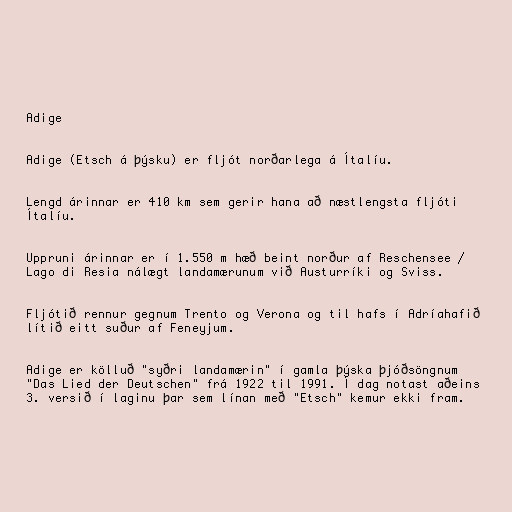
Adige

Adige (Etsch á þýsku) er fljót norðarlega á Ítalíu.

Lengd árinnar er 410 km sem gerir hana að næstlengsta fljóti
Ítalíu.

Uppruni árinnar er í 1.550 m hæð beint norður af Reschensee /
Lago di Resia nálægt landamærunum við Austurríki og Sviss.

Fljótið rennur gegnum Trento og Verona og til hafs í Adríahafið
lítið eitt suður af Feneyjum.

Adige er kölluð "syðri landamærin" í gamla þýska þjóðsöngnum
"Das Lied der Deutschen" frá 1922 til 1991. Í dag notast aðeins
3. versið í laginu þar sem línan með "Etsch" kemur ekki fram.